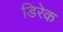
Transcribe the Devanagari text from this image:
डिरेक